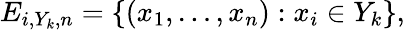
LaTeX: E_{i,Y_{k},n}=\{ (x_{1},\ldots,x_{n}):x_{i}\in Y_{k}\} ,